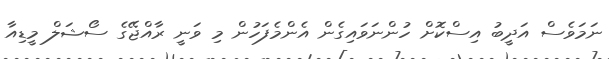
ނަމަވެސް އަދީބު އިސްކޮށް ހުންނަވައިގެން އެންމެފަހުން މި ވަނީ ރާއްޖޭގެ ސޯޝަލް މީޑިއާ